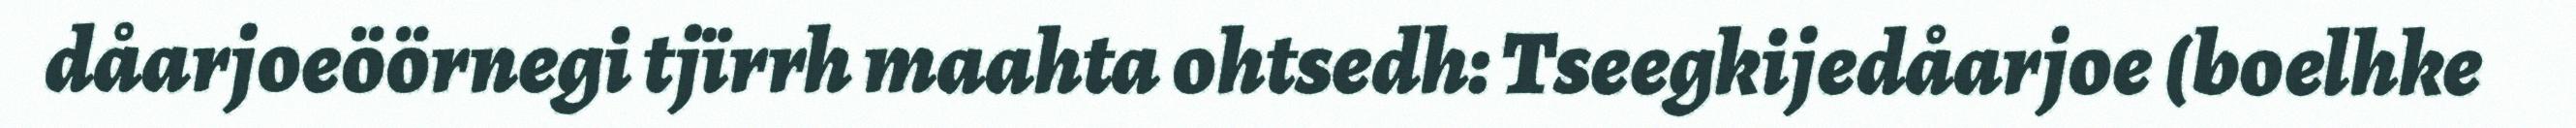
dåarjoeöörnegi tjïrrh maahta ohtsedh: Tseegkijedåarjoe (boelhke